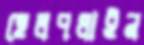
হেলপলাইন